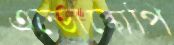
এন্ডোস্কোপি